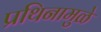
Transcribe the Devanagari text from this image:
प्रथिनामुळे